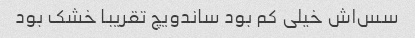
سس‌اش خیلی کم بود ساندویچ تقریبا خشک بود